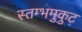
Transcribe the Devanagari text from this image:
स्तम्भमुकुट